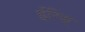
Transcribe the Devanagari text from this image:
ईरिश्